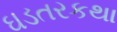
ઘડતરકથા